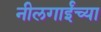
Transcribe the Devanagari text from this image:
नीलगाईंच्या